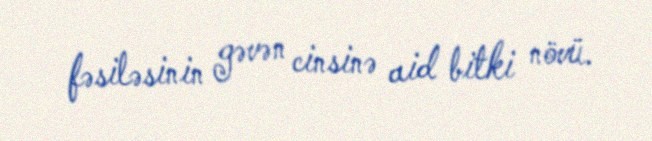
fəsiləsinin gəvən cinsinə aid bitki növü.